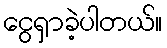
ငွေရှာခဲ့ပါတယ်။